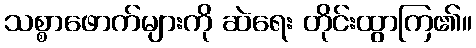
သစ္စာဖောက်များကို ဆဲရေး တိုင်းထွာကြ၏။